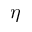
\eta